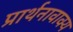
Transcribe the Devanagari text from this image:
प्रार्थनावाक्य